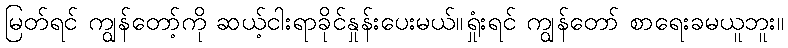
မြတ်ရင် ကျွန်တော့်ကို ဆယ့်ငါးရာခိုင်နှုန်းပေးမယ်။ရှုံးရင် ကျွန်တော် စာရေးခမယူဘူး။